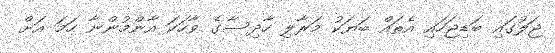
ޖަލުގައި ބަޑިޖަހައި އެތައް ބަޔަކު މަރާލި ހާދިސާގެ ވާހަކަ އާންމުންނާ ހަމަ އަށް